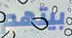
بيتهم